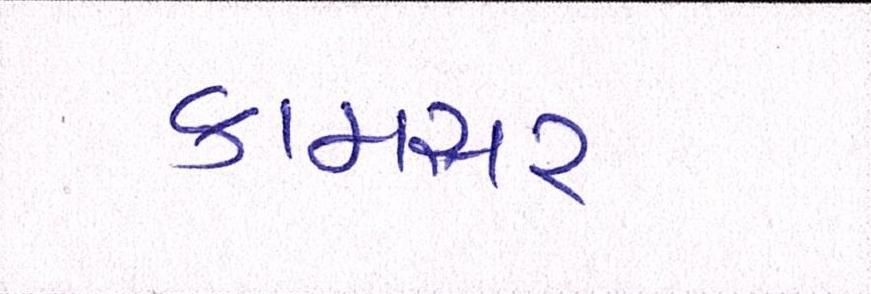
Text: કામસર